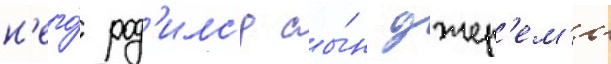
н'его́ род'илс'я сы́н джер'ем'и